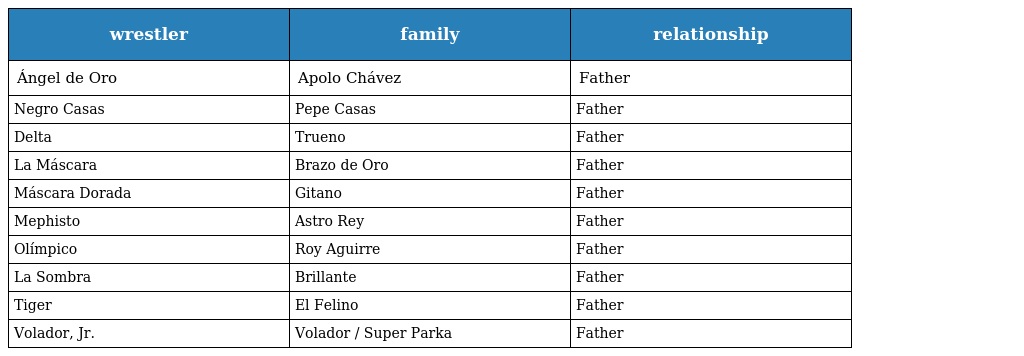
| wrestler | family | relationship |
 | --- | --- | --- |
 | Ángel de Oro | Apolo Chávez | Father |
 | Negro Casas | Pepe Casas | Father |
 | Delta | Trueno | Father |
 | La Máscara | Brazo de Oro | Father |
 | Máscara Dorada | Gitano | Father |
 | Mephisto | Astro Rey | Father |
 | Olímpico | Roy Aguirre | Father |
 | La Sombra | Brillante | Father |
 | Tiger | El Felino | Father |
 | Volador, Jr. | Volador / Super Parka | Father |